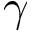
\gamma